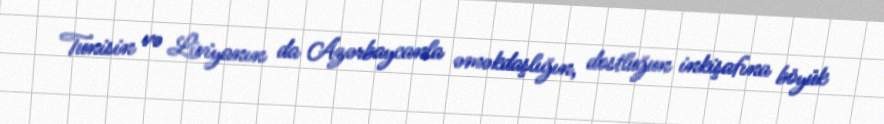
Tunisin və Liviyanın da Azərbaycanla əməkdaşlığın, dostluğun inkişafına böyük